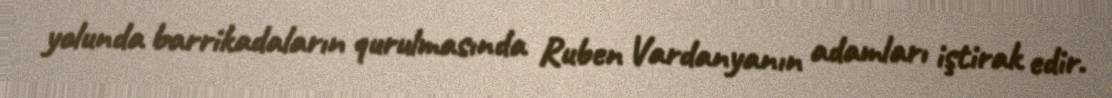
yolunda barrikadaların qurulmasında Ruben Vardanyanın adamları iştirak edir.